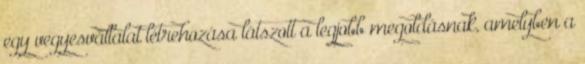
egy vegyesvállalat létrehozása látszott a legjobb megoldásnak, amelyben a